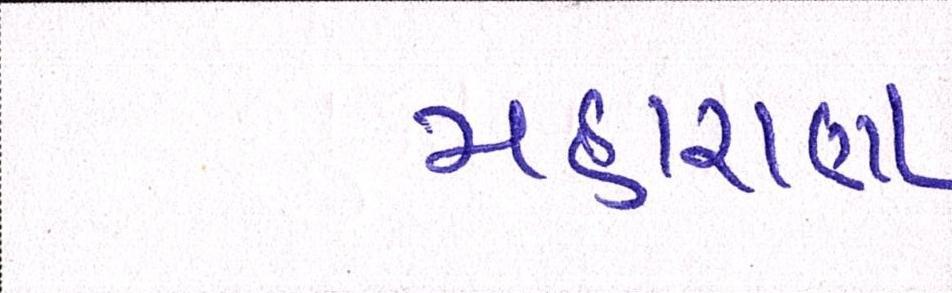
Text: મહારાણા